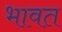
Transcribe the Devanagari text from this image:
भावत